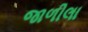
જાળીલા